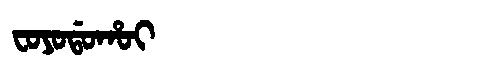
Manchu: ᠸᠣᠶᠣᡩᠣᡥᠣᡳ
Romanization: FOYODOHOI